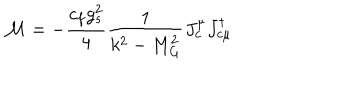
{ \cal M } = - \frac { c _ { f } g _ { s } ^ { 2 } } { 4 } \frac { 1 } { k ^ { 2 } - M _ { G } ^ { 2 } } J _ { c } ^ { \mu } J _ { c \mu } ^ { \dagger }